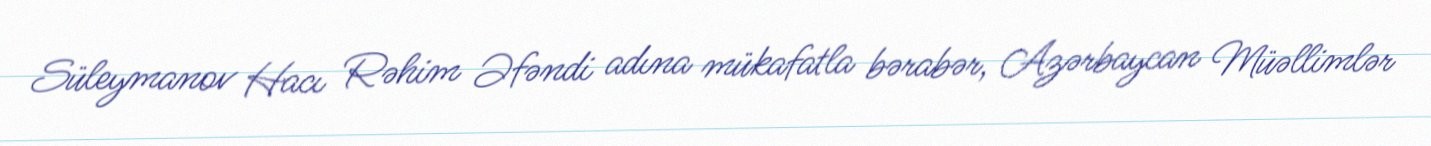
Süleymanov Hacı Rəhim Əfəndi adına mükafatla bərabər, Azərbaycan Müəllimlər